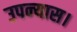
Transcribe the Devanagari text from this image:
उपन्‍यास।